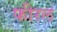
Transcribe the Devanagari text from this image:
फीरल